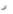
لن